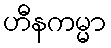
ဟီနကမ္မာ